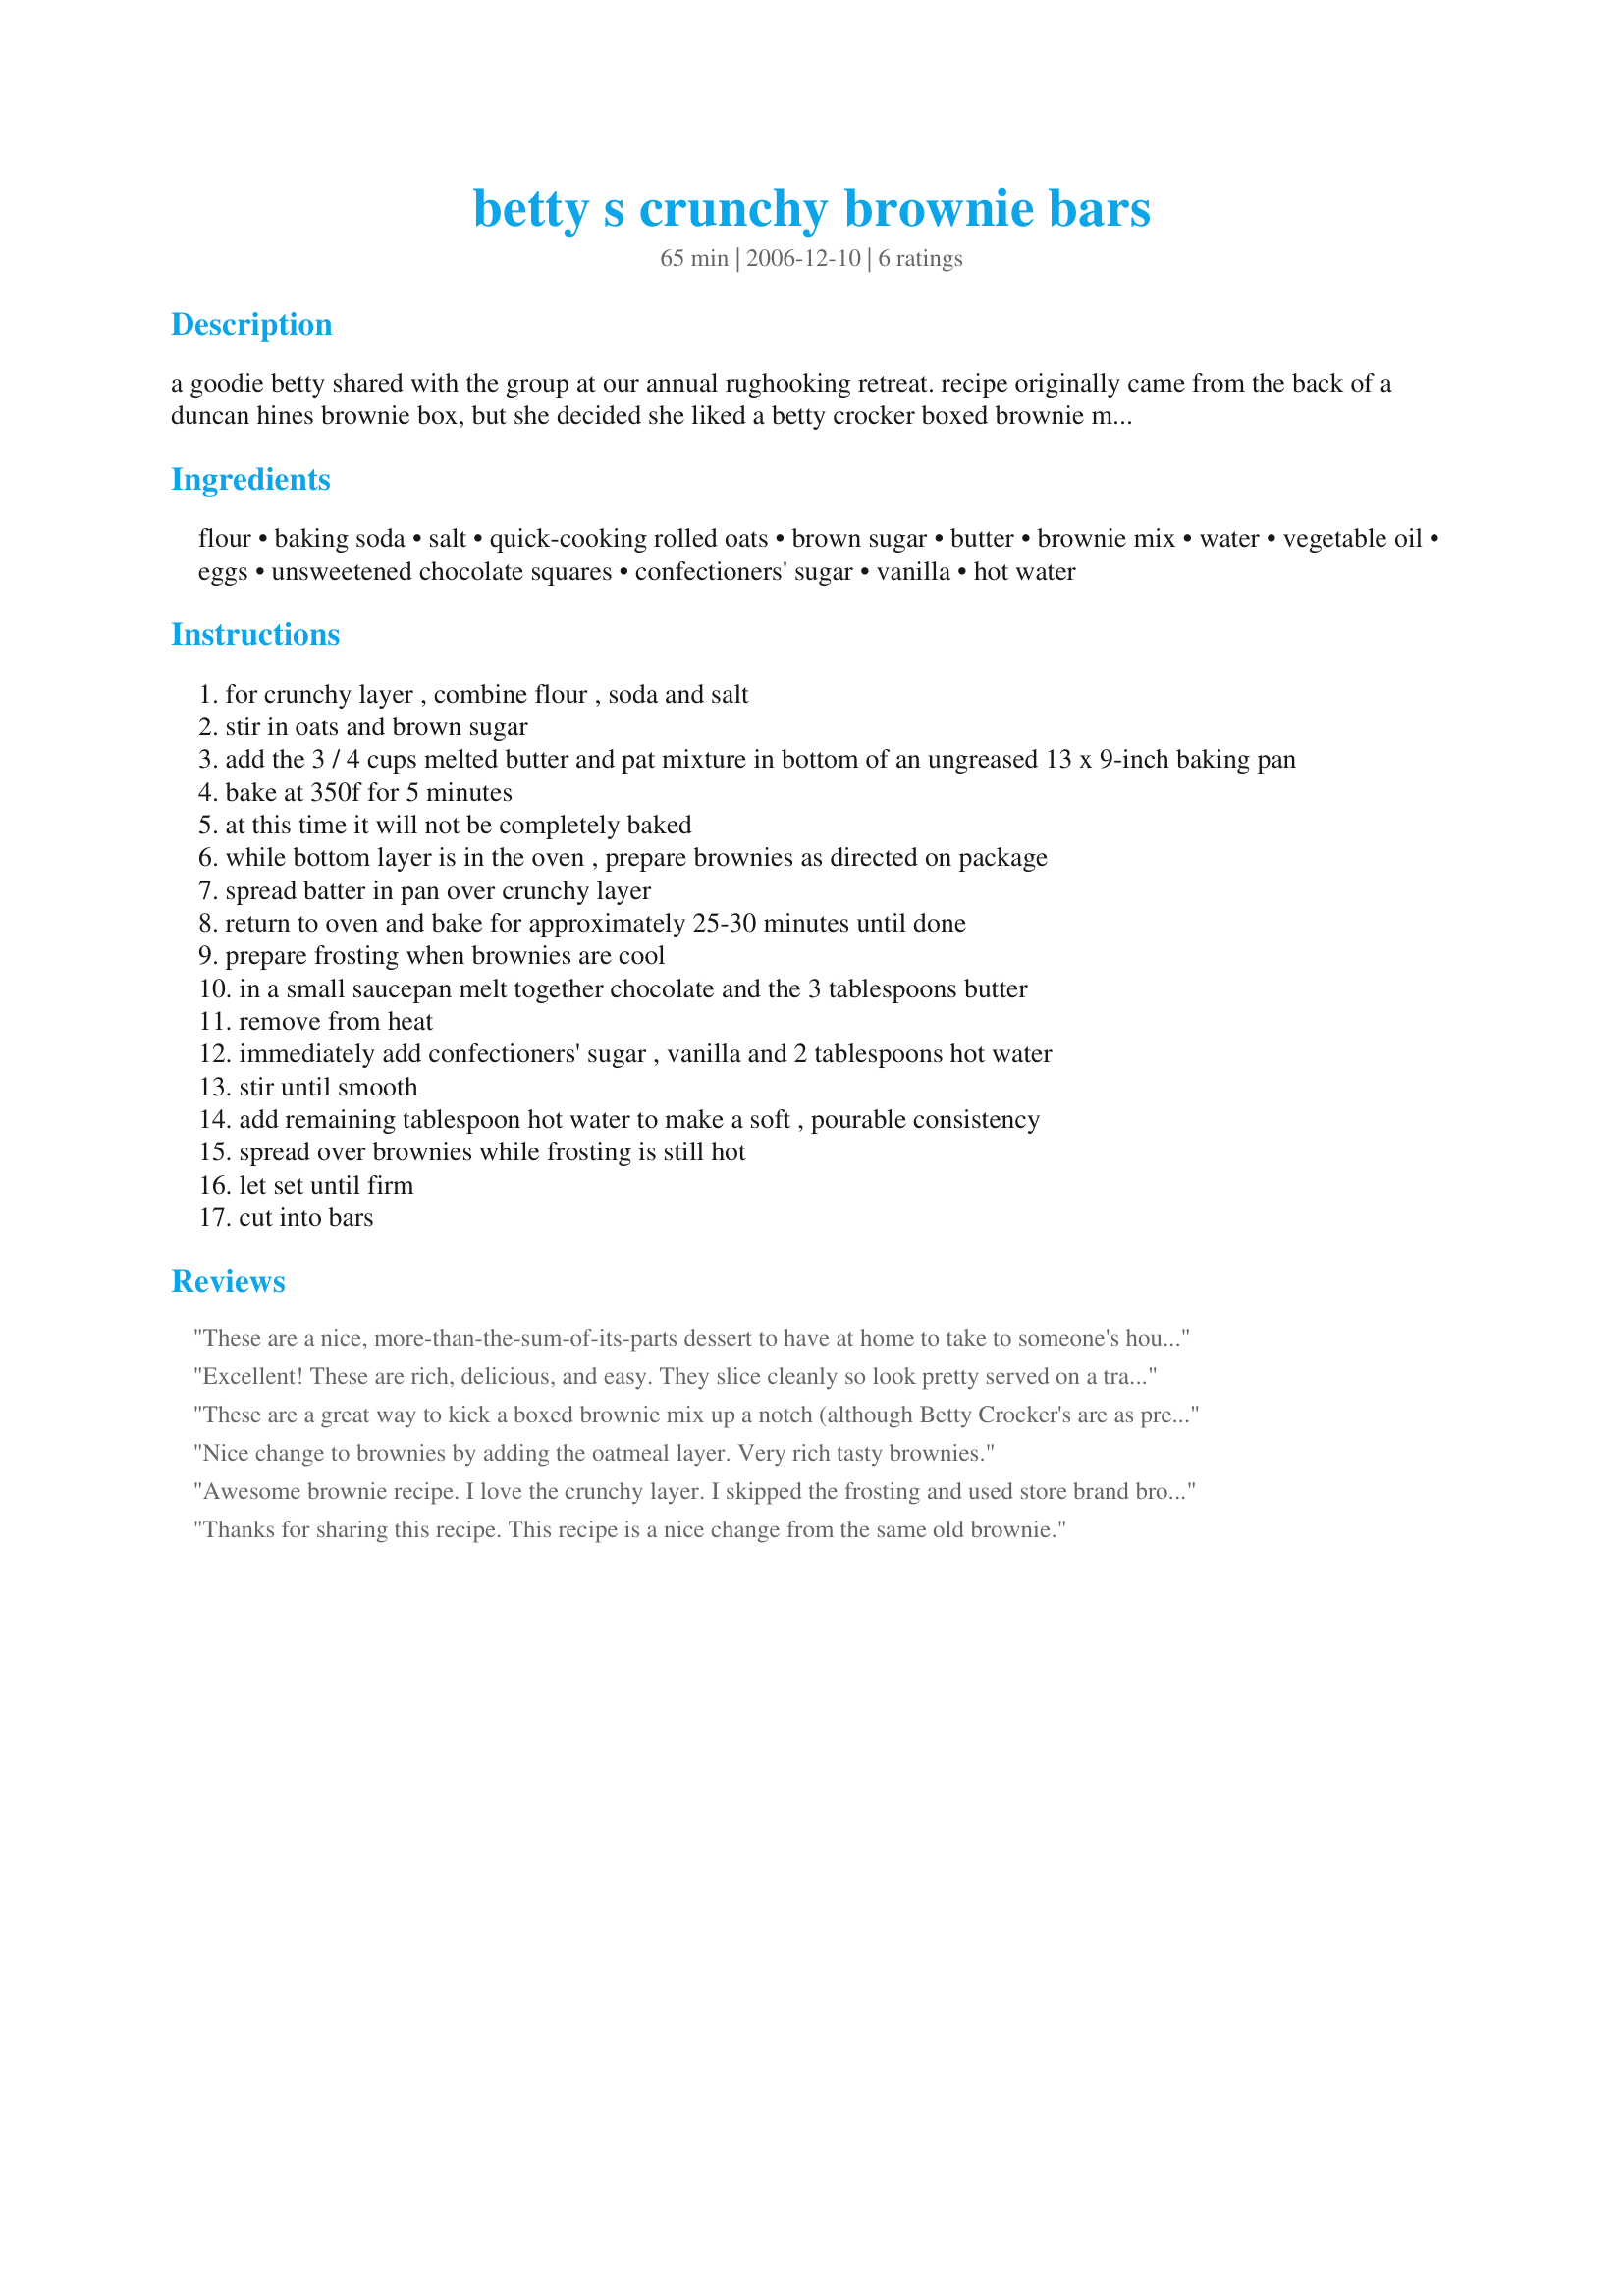
betty s crunchy brownie bars
Preparation time: 65 minutes

a goodie betty shared with the group at our annual rughooking retreat. recipe originally came from the back of a duncan hines brownie box, but she decided she liked a betty crocker boxed brownie mix better. cook time does not include time to cool. i thought the oatmeal layer might detract from the brownie, but it was a wonderful compliment.

Ingredients:
flour, baking soda, salt, quick-cooking rolled oats, brown sugar, butter, brownie mix, water, vegetable oil, eggs, unsweetened chocolate squares, confectioners' sugar, vanilla, hot water

Steps:
for crunchy layer , combine flour , soda and salt
stir in oats and brown sugar
add the 3 / 4 cups melted butter and pat mixture in bottom of an ungreased 13 x 9-inch baking pan
bake at 350f for 5 minutes
at this time it will not be completely baked
while bottom layer is in the oven , prepare brownies as directed on package
spread batter in pan over crunchy layer
return to oven and bake for approximately 25-30 minutes until done
prepare frosting when brownies are cool
in a small saucepan melt together chocolate and the 3 tablespoons butter
remove from heat
immediately add confectioners' sugar , vanilla and 2 tablespoons hot water
stir until smooth
add remaining tablespoon hot water to make a soft , pourable consistency
spread over brownies while frosting is still hot
let set until firm
cut into bars

Reviews:
These are a nice, more-than-the-sum-of-its-parts dessert to have at home to take to someone's house. I used a jarred frosting that I wasn't too happy with; the next time I make these I will use a homemade frosting. And maybe some toasted coconut in the oatmeal layer!
Excellent! These are rich, delicious, and easy. They slice cleanly so look pretty served on a tray or right out of the pan. I ended up cutting them a little larger than bite size for a dessert tray of asst bar cookies. Thank you for sharing a recipe I will use again!
These are a great way to kick a boxed brownie mix up a notch (although Betty Crocker's are as pretty close to homemade as you can get). I love the combination of the crunchy layer with the chocolate chewy brownie. The frosting takes this brownie over the top and adds to its richness. I think these brownies would be great without the frosting, too, just in case you'd like to cut down on the sweetness AND the calories.http://bestsmileys.com/silly/9.gif[/img]
Nice change to brownies by adding the oatmeal layer. Very rich tasty brownies.
Awesome brownie recipe. I love the crunchy layer. I skipped the frosting and used store brand brownie mix . Goes great with a scoop of vanilla ice cream or a cold glass of milk:) Thanks for the posting
Thanks for sharing this recipe. This recipe is a nice change from the same old brownie.
